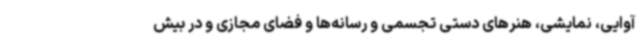
آوایی، نمایشی، هنرهای دستی تجسمی و رسانه‌ها و فضای مجازی و در بیش